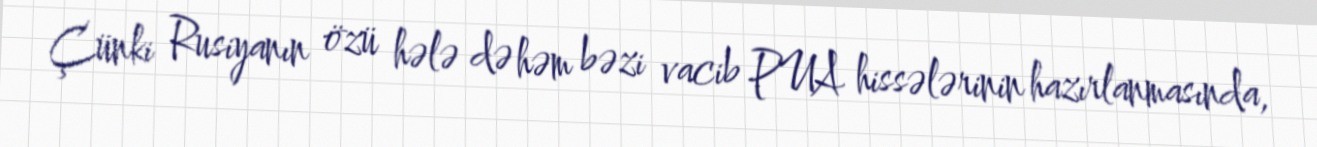
Çünki Rusiyanın özü hələ də həm bəzi vacib PUA hissələrinin hazırlanmasında,